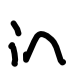
Text: in
Cross-out: clean
Writing tool: digital_black